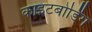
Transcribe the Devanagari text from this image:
काइटबोर्डिंग